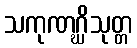
သကုဏဂ္ဃိသုတ္တ